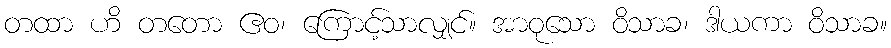
တထာ ဟိ တတော ဧဝ၊ ကြောင့်သာလျှင်။ အာဝုသော ဝိသာခ၊ ဒါယကာ ဝိသာခ။